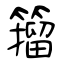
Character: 籀